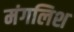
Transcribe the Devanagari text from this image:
मंगलिश